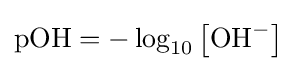
{\mbox{pOH}}=-\log _{10}\left[{\mbox{OH}}^{-}\right]